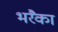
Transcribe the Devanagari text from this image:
भरैका